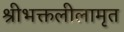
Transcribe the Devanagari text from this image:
श्रीभक्तलीलामृत